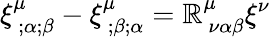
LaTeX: \xi_{~;\alpha;\beta}^{\mu}-\xi_{~;\beta;\alpha}^{\mu}=\mathbb{R}_{~\nu\alpha\beta}^{\mu}\xi^{\nu}